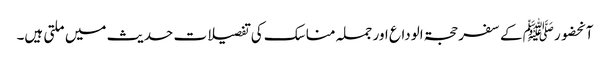
آنحضورﷺ کے سفر حجۃ الوداع اور جملہ مناسک کی تفصیلات حدیث میں ملتی ہیں۔